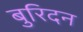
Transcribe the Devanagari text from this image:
बुरिदन